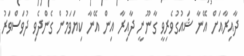
ދާއިރާއަށް އޭނާ ޝައުގުވެރިވީ ގާނޫނީ ދާއިރާ އިން އޭނާ ކިޔަވަމުން ގެންދެވި ދުވަސްވަރު